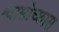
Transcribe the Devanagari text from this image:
श्वासोच्छास